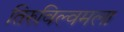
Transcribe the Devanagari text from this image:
तिरुविल्वमला